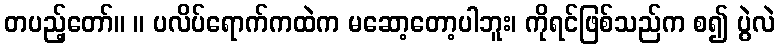
တပည့်တော်။ ။ ပလိပ်ရောက်ကထဲက မဆော့တော့ပါဘူး၊ ကိုရင်ဖြစ်သည်က စ၍ ပွဲလဲ